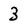
Character: 3